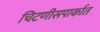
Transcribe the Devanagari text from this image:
चिटणीसपार्कात